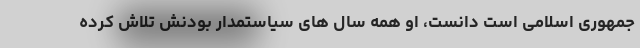
جمهوری اسلامی است دانست، او همه سال های سیاستمدار بودنش تلاش کرده